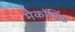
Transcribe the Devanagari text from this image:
मैकॉर्मिक